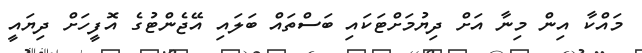
މައްކާ އިން މިނާ އަށް ދިޔުމަށްޓަކައި ބަސްތައް ބަލައި އޭޖެންޓުގެ އޮފީހަށް ދިޔައީ